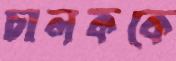
চালককে